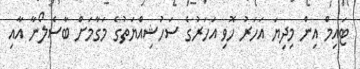
ޓައިމް އިން މިދިޔަ އަހަރު ހޮވި އަހަރުގެ ސަހުޝިއްޔަތުގެ މަގާމަށް ބާސެލޯނާ އާއި